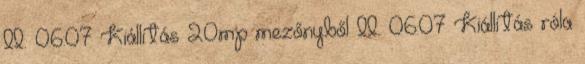
II. 06:07 Kiállítás 20mp mezőnyből II. 06:07 Kiállítás róla